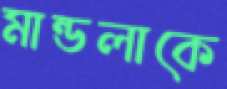
মান্ডলাকে